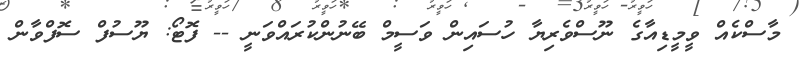
މާސްކެއް ވީމީޑިއާގެ ނޫސްވެރިޔާ ހުސައިން ވަސީމް ބޭނުންކުރައްވަނީ -- ފޮޓޯ: ޔޫސުފް ސޮފްވާން